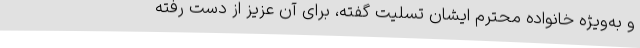
و به‌ویژه خانواده محترم ایشان تسلیت گفته، برای آن عزیز از دست رفته